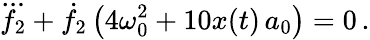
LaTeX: \dddot{f_{2}}+\dot{f}_{2}\left(4\omega_{0}^{2}+10x(t)\, a_{0}\right)=0\, .